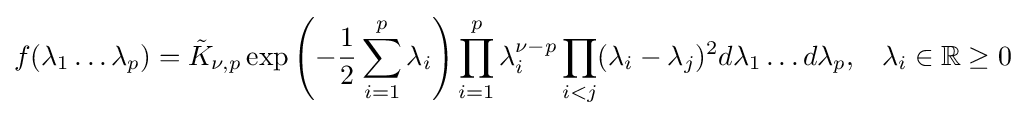
f(\lambda _{1}\dots \lambda _{p})={\tilde {K}}_{\nu ,p}\exp \left(-{\frac {1}{2}}\sum _{i=1}^{p}\lambda _{i}\right)\prod _{i=1}^{p}\lambda _{i}^{\nu -p}\prod _{i<j}(\lambda _{i}-\lambda _{j})^{2}d\lambda _{1}\dots d\lambda _{p},\;\;\;\lambda _{i}\in \mathbb {R} \geq 0